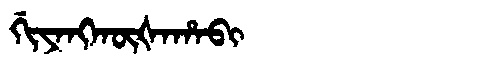
Manchu: ᡤᡳᠶᠠᠩᡴᡡᡧᠠᡥᠠᠪᡳ
Romanization: GIYANGKŪŠAHABI